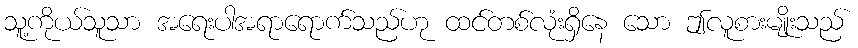
သူ့ကိုယ်သူသာ အရေးပါအရာရောက်သည်ဟု ထင်တစ်လုံးရှိနေ သော ဤလူစားမျိုးသည်